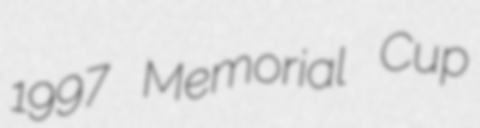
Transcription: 1997 Memorial Cup